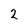
Character: 2